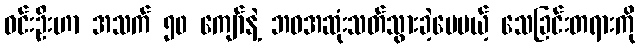
ဝင်းဦးဟာ အသက် ၅၀ ကျော်နဲ့ ဘဝအဆုံးသတ်သွားခဲ့ပေမယ့် သေခြင်းတရားကို